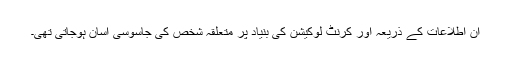
ان اطلاعات کے ذریعہ اور کرنٹ لوکیشن کی بنیاد پر متعلقہ شخص کی جاسوسی آسان ہوجاتی تھی۔